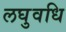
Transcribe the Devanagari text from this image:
लघुवधि